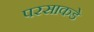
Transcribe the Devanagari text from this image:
परसाकडे